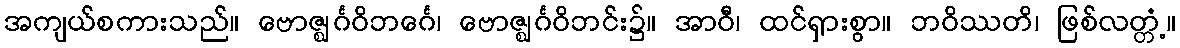
အကျယ်စကားသည်။ ဗောဇ္ဈင်္ဂဝိဘင်္ဂေ၊ ဗောဇ္ဈင်္ဂဝိဘင်း၌။ အာဝီ၊ ထင်ရှားစွာ။ ဘဝိဿတိ၊ ဖြစ်လတ္တံ့။